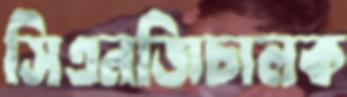
সিএনজিচালক